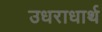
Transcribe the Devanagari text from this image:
उधराधार्थ